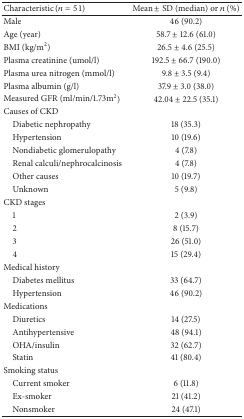
<table><thead><tr><td><b>Characteristic (<i>n</i> = 51)</b></td><td><b>Mean ± SD (median) or <i>n</i> (%)</b></td></tr></thead><tbody><tr><td>Male</td><td>46 (90.2)</td></tr><tr><td>Age (year)</td><td>58.7 ± 12.6 (61.0)</td></tr><tr><td>BMI (kg/m<sup>2</sup>)</td><td>26.5 ± 4.6 (25.5)</td></tr><tr><td>Plasma creatinine (umol/l)</td><td>192.5 ± 66.7 (190.0)</td></tr><tr><td>Plasma urea nitrogen (mmol/l)</td><td>9.8 ± 3.5 (9.4)</td></tr><tr><td>Plasma albumin (g/l)</td><td>37.9 ± 3.0 (38.0)</td></tr><tr><td>Measured GFR (ml/min/1.73m<sup>2</sup>)</td><td>42.04 ± 22.5 (35.1)</td></tr><tr><td>Causes of CKD</td><td> </td></tr><tr><td> Diabetic nephropathy</td><td>18 (35.3)</td></tr><tr><td> Hypertension</td><td>10 (19.6)</td></tr><tr><td> Nondiabetic glomerulopathy</td><td>4 (7.8)</td></tr><tr><td> Renal calculi/nephrocalcinosis</td><td>4 (7.8)</td></tr><tr><td> Other causes</td><td>10 (19.7)</td></tr><tr><td> Unknown</td><td>5 (9.8)</td></tr><tr><td>CKD stages</td><td> </td></tr><tr><td> 1</td><td>2 (3.9)</td></tr><tr><td> 2</td><td>8 (15.7)</td></tr><tr><td> 3</td><td>26 (51.0)</td></tr><tr><td> 4</td><td>15 (29.4)</td></tr><tr><td>Medical history</td><td> </td></tr><tr><td> Diabetes mellitus</td><td>33 (64.7)</td></tr><tr><td> Hypertension</td><td>46 (90.2)</td></tr><tr><td>Medications</td><td> </td></tr><tr><td> Diuretics</td><td>14 (27.5)</td></tr><tr><td> Antihypertensive</td><td>48 (94.1)</td></tr><tr><td> OHA/insulin</td><td>32 (62.7)</td></tr><tr><td> Statin</td><td>41 (80.4)</td></tr><tr><td>Smoking status</td><td> </td></tr><tr><td> Current smoker</td><td>6 (11.8)</td></tr><tr><td> Ex-smoker</td><td>21 (41.2)</td></tr><tr><td> Nonsmoker</td><td>24 (47.1)</td></tr></tbody></table>